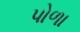
પોળા